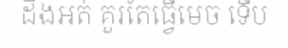
ដឹងអត់ គួរតែធ្វើមេច ទើប